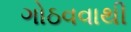
ગોઠવવાથી